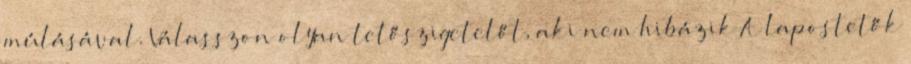
múlásával. Válasszon olyan tetőszigetelőt, aki nem hibázik A lapostetők